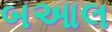
બઆલ